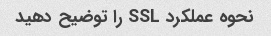
نحوه عملکرد SSL را توضیح دهید